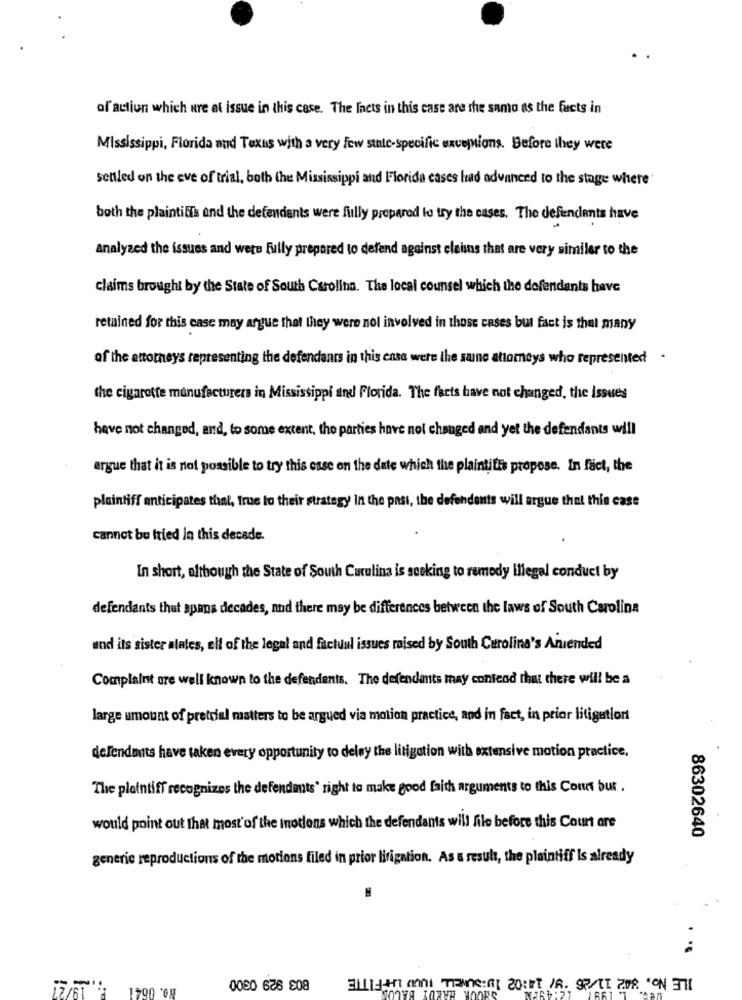
of action which ure at issue in this case. The facts in this case are the samo as the facts in
Mississippi, Florida and Texus with a very few state-specific exceptions. Before they were
senled on the eve of trial, both the Mississippi and Florida cases had advanced to the stage where'
both the plaintiffs and the defendants were fully prepared to try the cases, The defiendents have
analyzed the issues and were fully prepared to defend against cleins that are very similar to the
claims brought by the State of South Carolina. The local counsel which the defendants have
retained for this case may argue that they were nol involved in those cases but fact is that many
of the attorneys representing the defendants in this case were the saine attorneys who represented .
the cigarette manufacturers in Mississippi and Florida. The facts have not changed, the issues
have not changed, and, to some extent, the parties have not changed and yet the defendants will
argue that it is not possible to try this esse on the date which the plaintitis propose. In fact, the
plaintiff anticipates that, true to their strategy In the past, the defendants will argue that this case
cannot bu fried in this decade.
In short, although the State of South Carolina is seeking to remedy illegal conduct by
defendants that spans decades, nud there may be differences between the laws of South Carolina
and its sister alates, elf of the legal and factuul issues raised by South Carolina's Aniended
Complaint ore well known to the defendants. The defendants may contend that there will be a
large amount of pretrial matters to be argued via motion practice, and in fact, in prior litigation
defendants have taken every opportunity to deley the litigation with extensive motion practice.
The plaintiff recognizes the defendants' right to make good faith arguments to this Course but .
would point out that most'of the inotions which the defendants will file before this Court are
86302640
generic reproductions of the motions filed in prior litigation. As a result, the plaintiff Is already
. ..
NO. 0641 :
OK HARDY BACON
Eiligen mini TRANS:at 20:t /R. 97/TL 208 CON 3TIL